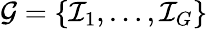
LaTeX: \mathcal{G}=\{ \mathcal{I}_{1},\ldots,\mathcal{I}_{G}\}